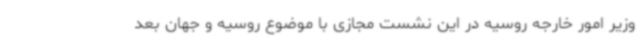
وزیر امور خارجه روسیه در این نشست مجازی با موضوع روسیه و جهان بعد